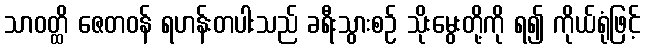
သာဝတ္ထိ ဇေတဝန် ရဟန်းတပါးသည် ခရီးသွားစဉ် သိုးမွေးတို့ကို ရ၍ ကိုယ်ရုံဖြင့်